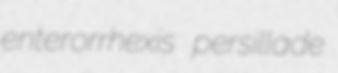
enterorrhexis persillade